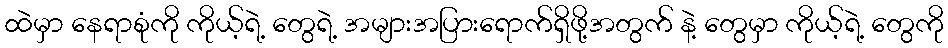
ထဲမှာ နေရာစုံကို ကိုယ့်ရဲ့ တွေရဲ့ အများအပြားရောက်ရှိဖို့အတွက် နဲ့ တွေမှာ ကိုယ့်ရဲ့ တွေကို